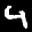
Label: 4